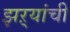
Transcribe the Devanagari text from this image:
झऱ्यांची